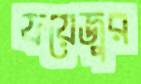
ফয়েজুর